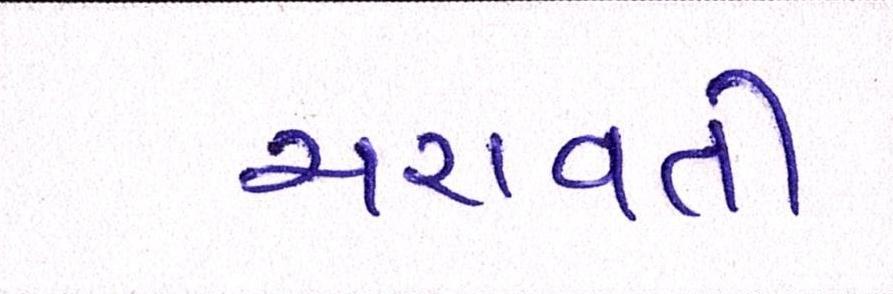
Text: ચરાવતી